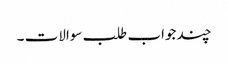
چند جواب طلب سوالات ۔